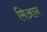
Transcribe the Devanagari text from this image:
मिआन